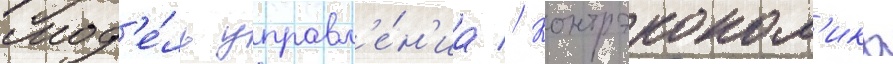
Мод'е́ль управл'е́н'иа // Контрэконом'ика